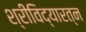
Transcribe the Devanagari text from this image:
श्रीविद्यारत्न